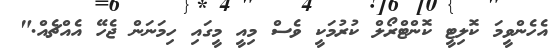
އެހެންވީމަ ކޮލިޓީ ކޮންޓްރޯލް ކުރުމަކީ ވެސް މިއީ މީގައި ހިމަނަން ޖެހޭ އެއްޗެއް."